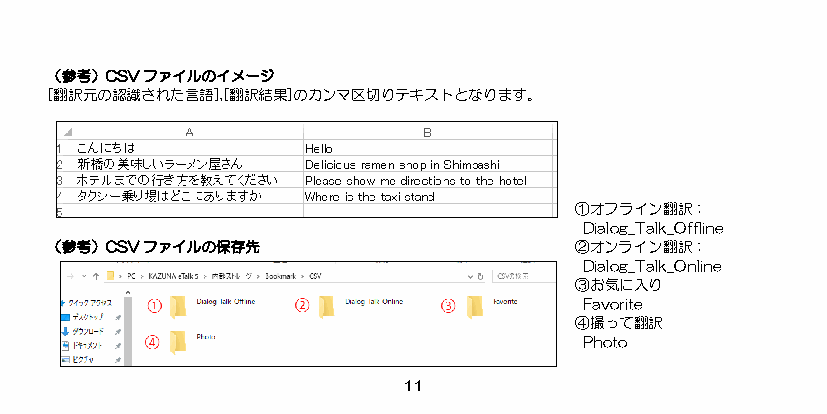
（参考）CSVファイルのイメージ
 [翻訳元の認識された言語],[翻訳結果]のカンマ区切りテキストとなります。
 ① オフライン翻訳：
 Dialog_Talk_Offline
 （参考）CSVファイルの保存先                    ②オンライン翻訳：
 Dialog_Talk_Online
 ③ お気に入り
 Favorite
 ④ 撮って翻訳
 Photo
 11